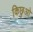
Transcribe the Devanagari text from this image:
किछुओ